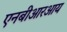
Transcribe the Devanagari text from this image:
एनबीआरआय